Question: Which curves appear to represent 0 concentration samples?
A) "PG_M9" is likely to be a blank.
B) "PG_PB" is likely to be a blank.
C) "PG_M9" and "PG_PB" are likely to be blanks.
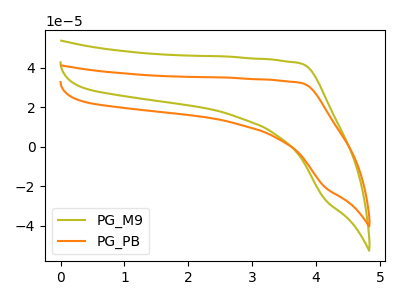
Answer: <think>The olive curve "PG_M9" has no peaks. The orange curve "PG_PB" has no peaks.</think>
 <answer>C) "PG_M9" and "PG_PB" are likely to be blanks.</answer>
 <eval>C</eval>